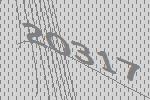
20317